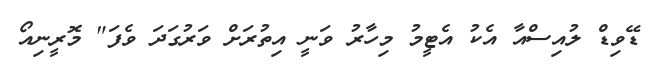
ޑޭވިޑް ލުއިސްއާ އެކު އެޓީމު މިހާރު ވަނީ އިތުރަށް ވަރުގަދަ ވެފަ" މޮރީނިއޯ